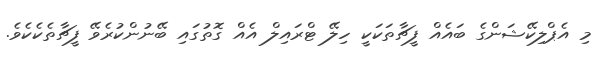
މި އެޕްލިކޭޝަންގެ ބައެއް ފީޗާތަކަކީ ހިލޭ ޓްރައިލް އެއް ގޮތުގައި ބޭނުންކުރެވޭ ފީޗާތެކެކެވެ.